Vital statistics of India. Vol. IV, Annual returns from 1871 to 1876. British Army of India, Native Army and jails of Bengal
Year: 1871
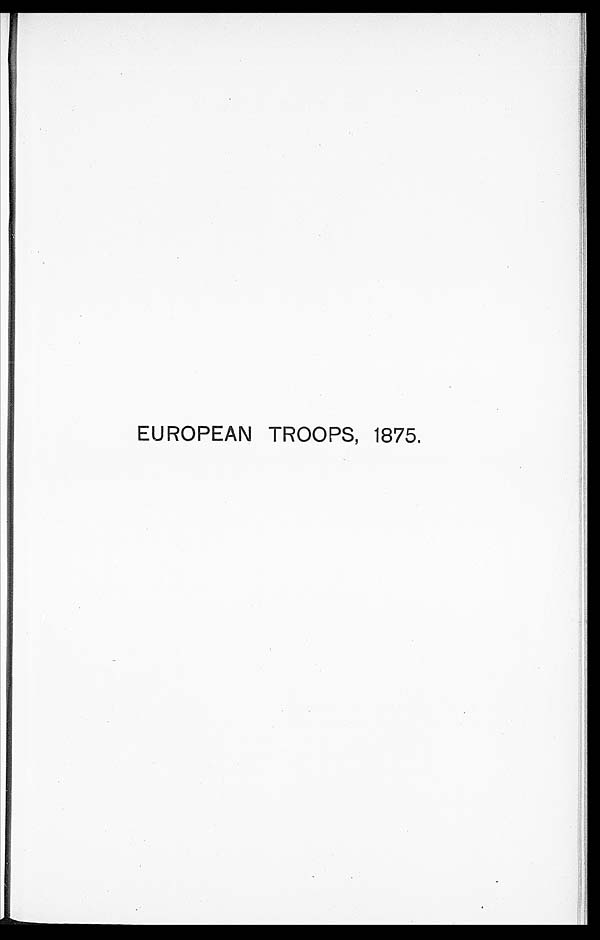
EUROPEAN TROOPS, 1875.